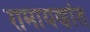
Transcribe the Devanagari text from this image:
रामायणांत